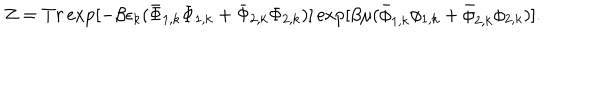
Z = T r \exp [ - \beta \epsilon _ { k } ( \bar { \Phi } _ { 1 , k } \Phi _ { 1 , k } + \bar { \Phi } _ { 2 , k } \Phi _ { 2 , k } ) ] \exp [ \beta \mu ( \bar { \phi } _ { 1 , k } \phi _ { 1 , k } + \bar { \phi } _ { 2 , k } \phi _ { 2 , k } ) ] .